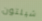
شيلتون